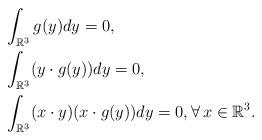
LaTeX: \begin{align*}& \int_{\mathbb R^3} g(y) dy =0, \\& \int_{\mathbb R^3} (y\cdot g(y)) dy =0, \\& \int_{\mathbb R^3} (x\cdot y) (x\cdot g(y)) dy =0, \forall\, x \in \mathbb R^3.\end{align*}